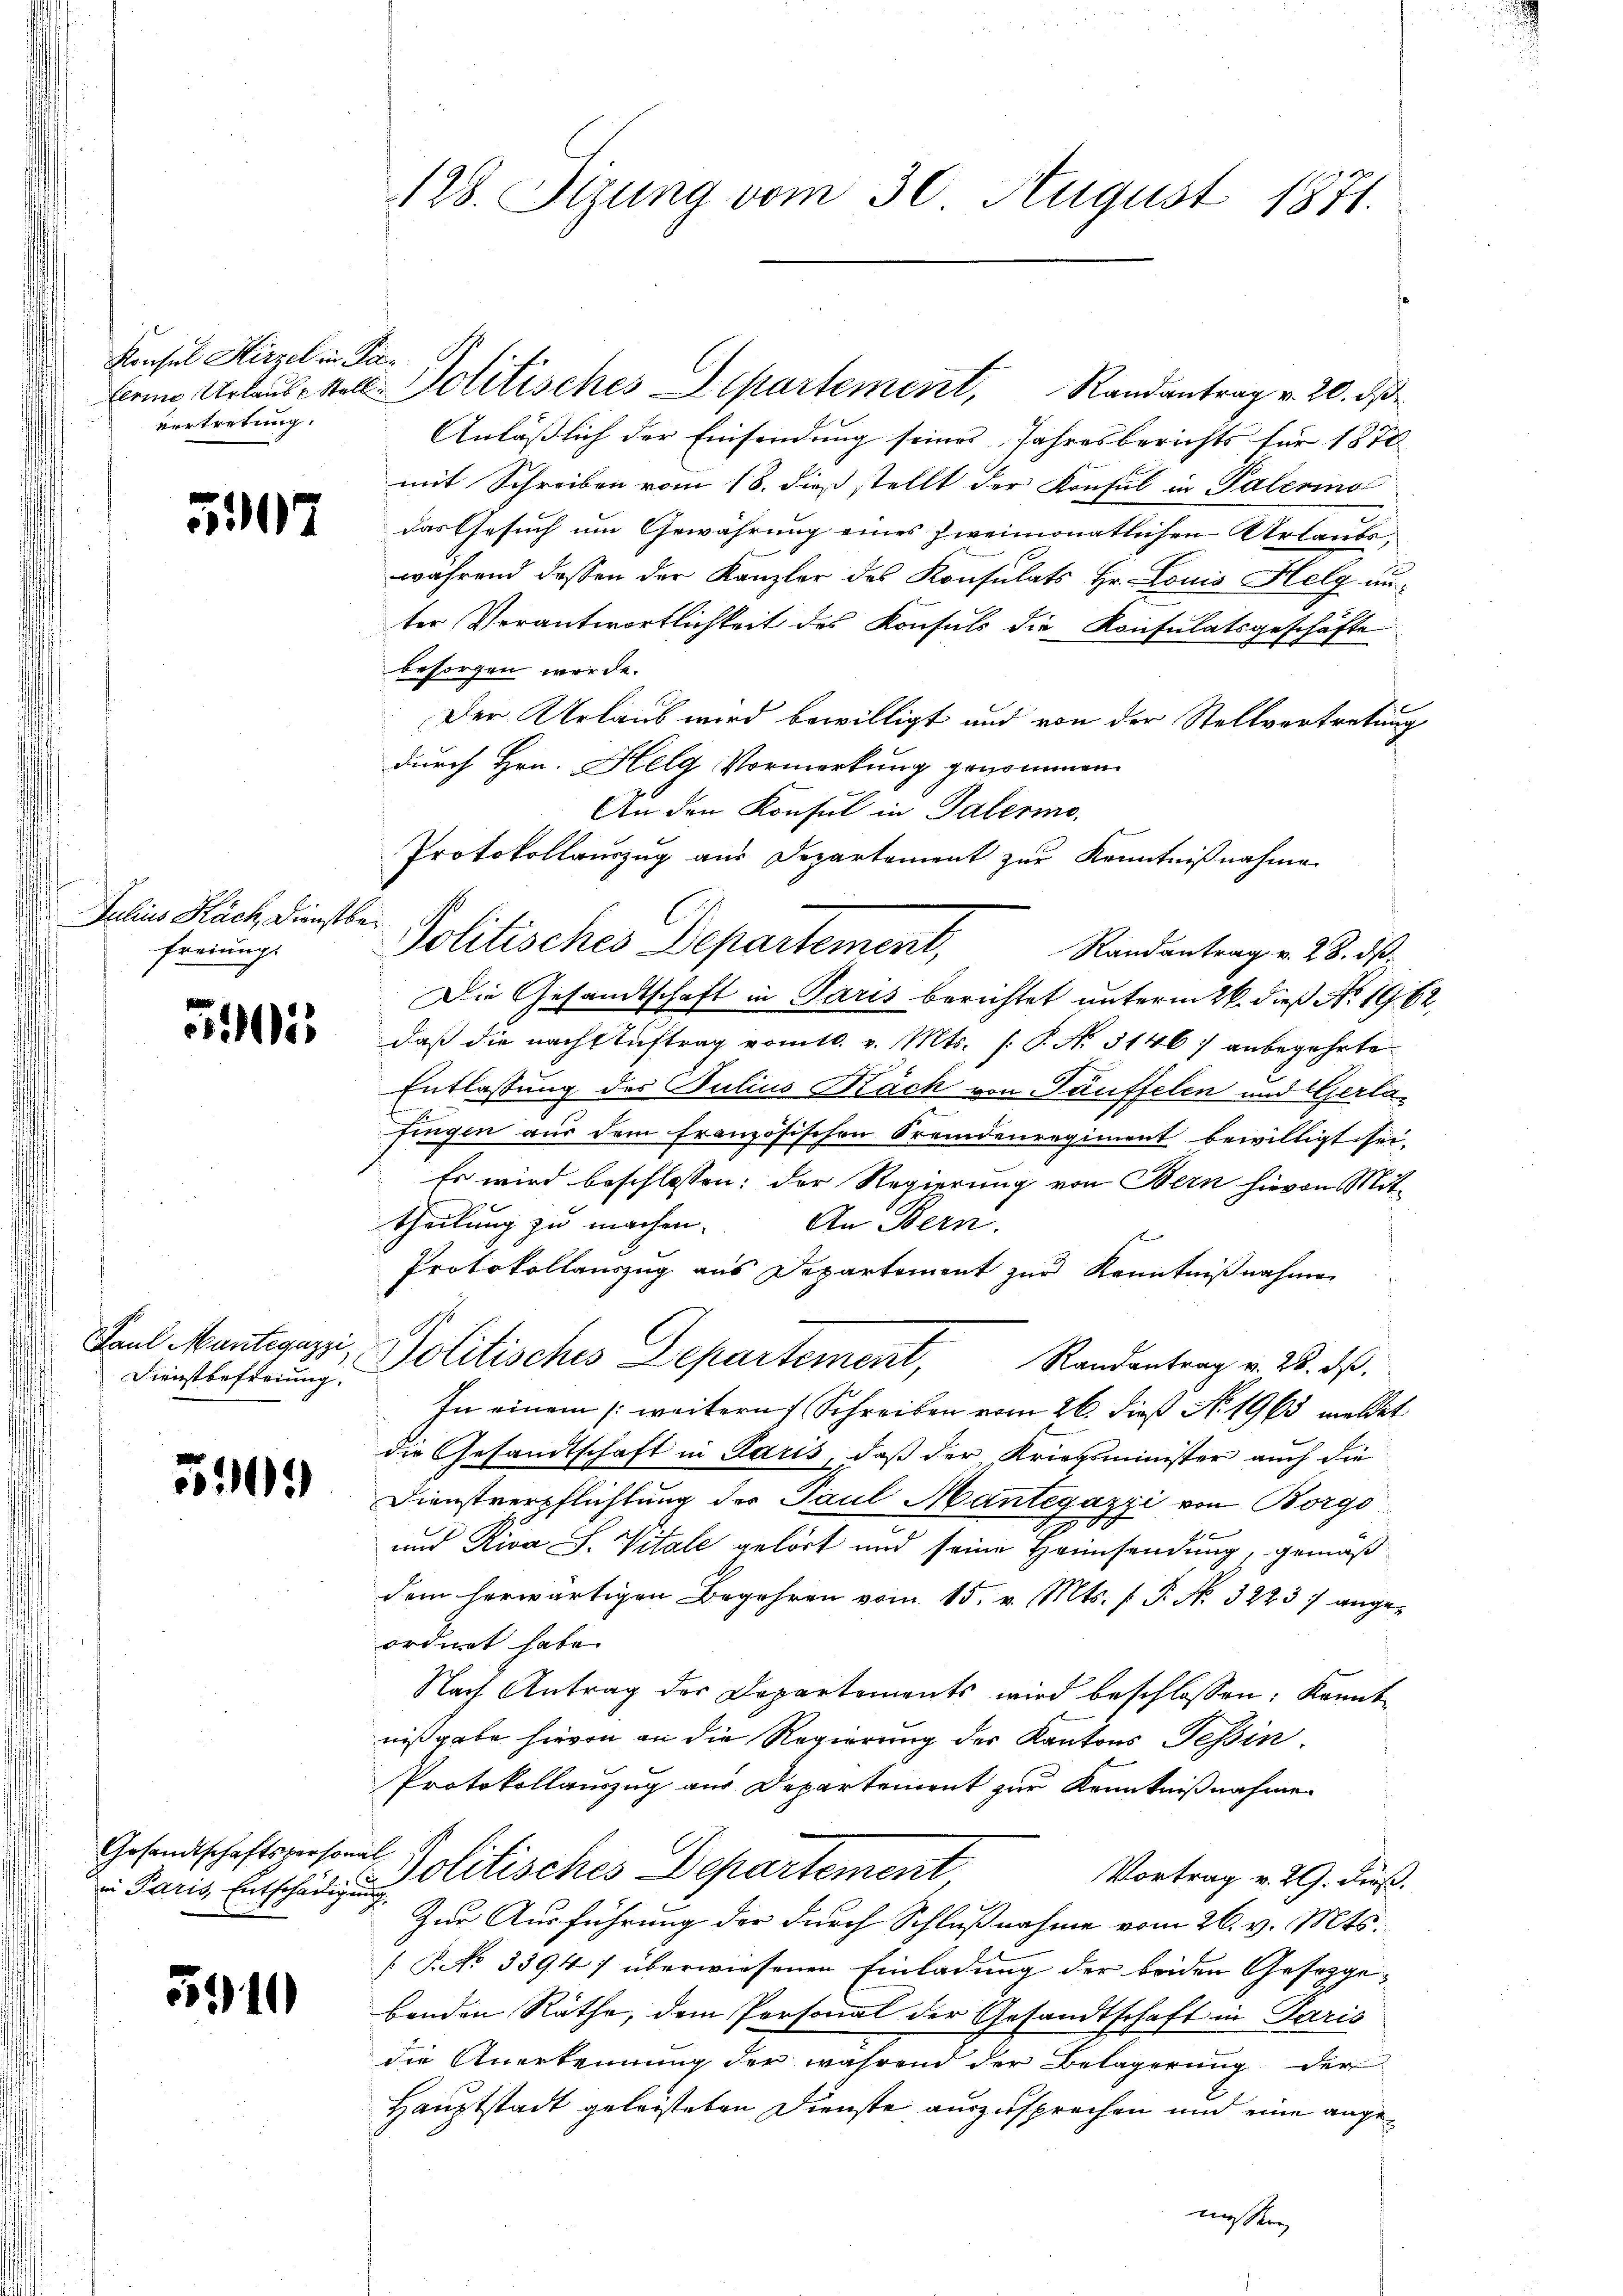
Konsul Hirzel in Pievertretung.

5907

hius Kach, Dienstbar
freiung.

5

Paul Mantegazzi,
Dienstbefreiung.

5

in Paris, Entschädigung

510

bri, Urlaubestell Politisches Departement, Randantrag v. 20. d.
Anläßlich der Einsendung seines Jahresberichts für 1870
mit Schreiben vom 18. dieß stellt der Konsul in Palerino
das Gesuch um Gewährung eines zweimonatlichen Urlaubs-
während dessen der Kanzler des Konsulats Hr. Louis Helg unter Verantwortlichkeit des Konsuls die Konsulatsgeschäfte
besorgen werde.
Der Urlaub wird bewilligt und von der Stellvortretung
durch Hrn. Helg Vormerkung genommen.
An den Konsul in Palermo,
Protokollauszug aus Departement zur Kenntnißnahme
Politisches Departement,
Randantrag v. 28. dß.
Die Gesandtschaft in Paris berichtet unterm 26. dieß No. 1962,
daß die nach Auftrag vom 10. v. Mts. [P. No 5146) anbegehrte
Entlassung des Julius Rück von Täuffelen und Gerlafingen aus dem französischen Fremdenregiment bewilligt sei.
Es wird beschlossen: der Regierung von Bern hievon Mit-
theilung zu machen. An Bern,
f
Protokollauszug aus Departement zur Kenntnißnahme
Politisches Departement, Randantrag v. 28. ds.
In einem /: weitern Schreiben vom 26. dieß N. 1963 meldet
die Gesandtschaft in Paris, daß der Kriegsminister auch die
Dienstverpflichtung der Paul Mantegazzi von Borgo
und Riva S. Vitale gehört und seine Heimsendung, gemäß
dem herwärtigen Begehren vom 15. v. Mts. f. P. Nr. 32237 angeordnet habe.
Nach Antrag der Departements wird beschlossen: Kenntnißgabe hievon an die Regierung des Kantons Tessin.
Protokollauszug aus Departement zur Kenntnißnahme
Gesandtschaftspersonal Politisches Departement
e
Vortrag v. 29. dieß.
Zur Ausführung der durch Schlußnahme vom 26. v. Mts.
[NNo. 33947 überwiesenen Einladung der beiden Gesetzgebenden Räthe, dem Personal der Gesandtschaft in Paris
die Anerkennung der während der Belagerung der
Hauptstadt geleisteten Dienste auszusprechen und eine angen |

128. Sizung vom 30. August 1871.